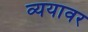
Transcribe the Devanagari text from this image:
व्ययावर